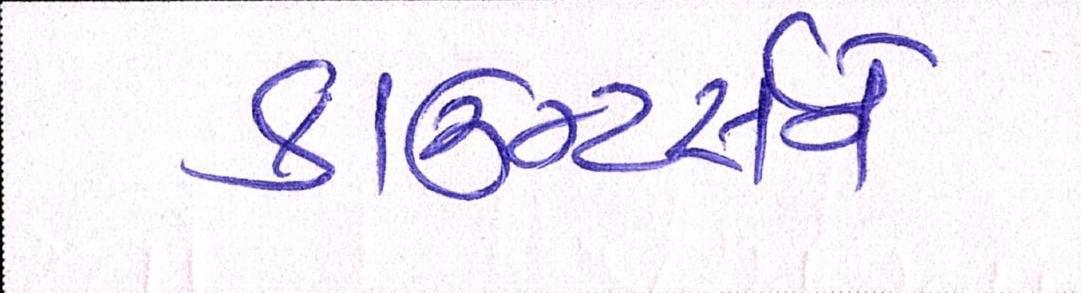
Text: કાઉન્ટર્સને